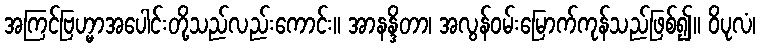
အကြင်ဗြဟ္မာအပေါင်းတို့သည်လည်းကောင်း။ အာနန္ဒိတာ၊ အလွန်ဝမ်းမြောက်ကုန်သည်ဖြစ်၍။ ဝိပုလံ၊